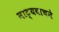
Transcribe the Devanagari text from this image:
नाट्यवाचने